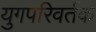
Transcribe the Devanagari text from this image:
युगपरिवर्तक